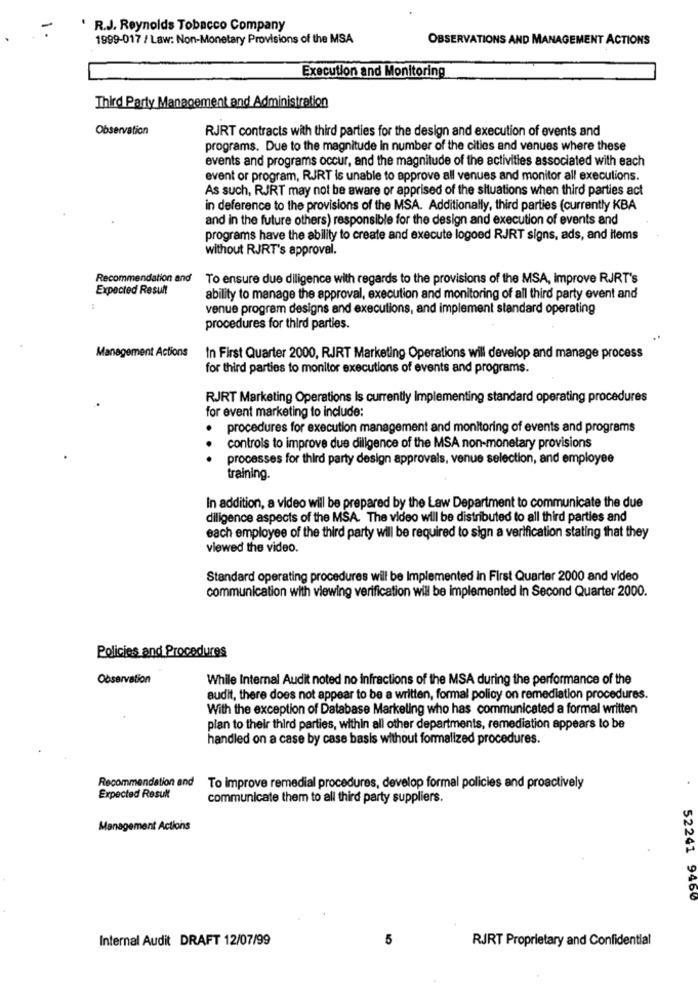
-
. R.J. Reynolds Tobacco Company
1999-017 / Law: Non-Monetary Provisions of the MSA
OBSERVATIONS AND MANAGEMENT ACTIONS
Execution and Monitoring
Third Party Management and Administration
Observation
RJRT contracts with third parties for the design and execution of events and
programs. Due to the magnitude in number of the cities and venues where these
events and programs occur, and the magnitude of the activities associated with each
event or program, RJRT is unable to approve all venues and monitor all executions.
As such, RJRT may not be aware or apprised of the situations when third parties act
in deference to the provisions of the MSA. Additionally, third parties (currently KBA
and in the future others) responsible for the design and execution of events and
programs have the ability to create and execute logoed RJRT signs, ads, and items
without RJRT's approval.
Recommendation and To ensure due diligence with regards to the provisions of the MSA, improve RJRT's
Expected Result
ability to manage the approval, execution and monitoring of all third party event and
venue program designs and executions, and implement standard operating
procedures for third parties.
Mar
ment Actions
In First Quarter 2000, RJRT Marketing Operations will develop and manage process
for third parties to monitor executions of events and programs.
RJRT Marketing Operations Is currently Implementing standard operating procedures
for event marketing to include:
.
procedures for execution management and monitoring of events and programs
controls to improve due diligence of the MSA non-monetary provisions
processes for third party design approvals, venue selection, and employee
training.
In addition, a video will be prepared by the Law Department to communicate the due
diligence aspects of the MSA. The video will be distributed to all third parties and
each employee of the third party will be required to sign a verification stating that they
viewed the video.
Standard operating procedures will be Implemented in First Quarter 2000 and video
communication with viewing verification will be implemented in Second Quarter 2000.
Policies and Procedures
Observation
While Internal Audit noted no infractions of the MSA during the performance of the
audit, there does not appear to be a written, formal policy on remediation procedures.
With the exception of Database Marketing who has communicated a formal written
plan to their third parties, within all other departments, remediation appears to be
handled on a case by case basis without formalized procedures.
Recommendation and To improve remedial procedures, develop formal policies and proactively
Expected Result
communicate them to all third party suppliers.
Management Actions
52241 9460
Internal Audit DRAFT 12/07/99
5
RJRT Proprietary and Confidential